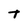
Character: t